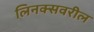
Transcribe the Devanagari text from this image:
लिनक्सवरील